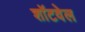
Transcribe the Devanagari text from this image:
शॉटवेल